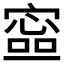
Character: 𡪕